Problem: 56 + 85 = ?
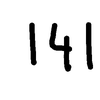
Handwritten answer: 141